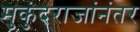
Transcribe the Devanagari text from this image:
मुकुंदराजांनंतर